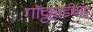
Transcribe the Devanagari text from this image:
गॉट्टहार्डबाह्न